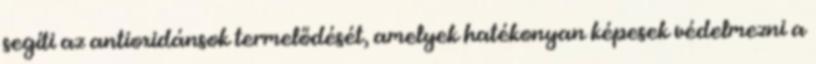
segíti az antioxidánsok termelődését, amelyek hatékonyan képesek védelmezni a